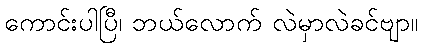
ကောင်းပါပြီ၊ ဘယ်လောက် လဲမှာလဲခင်ဗျာ။